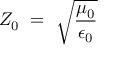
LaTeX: ~ Z _ { 0 } ~ = ~ { \sqrt { \frac { \mu _ { 0 } } { \epsilon _ { 0 } } } }